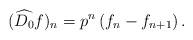
LaTeX: \begin{align*}(\widehat {D_0}f)_n=p^n \left(f_n-f_{n+1}\right).\end{align*}